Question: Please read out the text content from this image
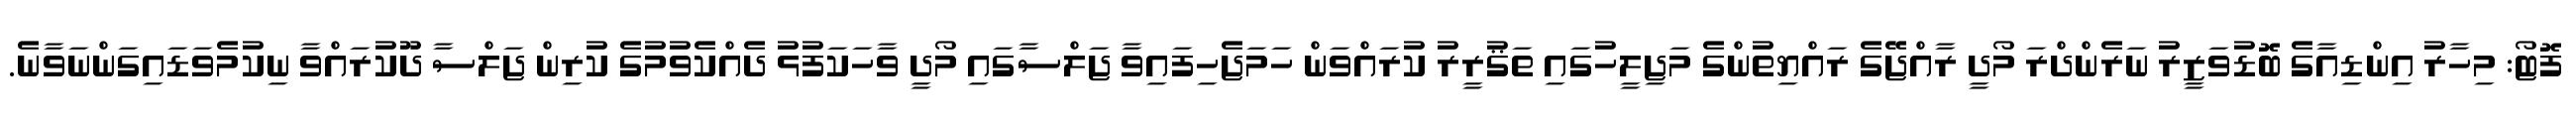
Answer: ފޮޓޯ: މިހާރު އިންޑިއާގެ ބޮޑުވަޒީރު ނަރެންދްރަ މޯދީ ރާއްޖޭގެ ރައްޔިތުންގެ މަޖިލީހުގައި ތަޤުރީރު ކުރައްވަން ހަމަޖެހިފައިވާ ޖަލްސާގައި މޯދީ ވާހަކަފުޅު ދެއްކެވުމުގެ ކުރިން ޖަލްސާ ދޫކުރައްވާ ނިކުމެވަޑައިގަންނަވާނެ.